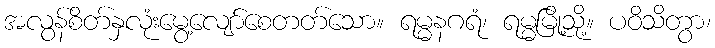
အလွန်စိတ်နှလုံးမွေ့လျော်စေတတ်သော။ ရမ္မနဂရံ၊ ရမ္မမြို့သို့။ ပဝိသိတွာ၊